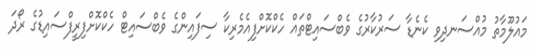
މައުލޫމާތު މުއްސަނދިވި ކެނެޑާ ސަރުކާރުގެ ވެބްސައިޓްތައް ހެކްކޮށްފިއެމެރިކާ ސިފައިންގެ ވެބްސައިޓް ހެކްކޮށްފިރީފްސައިޑުގެ ރޯދަ